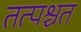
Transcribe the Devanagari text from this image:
तत्पश्चत